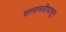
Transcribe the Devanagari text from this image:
सल्तनतीपासून